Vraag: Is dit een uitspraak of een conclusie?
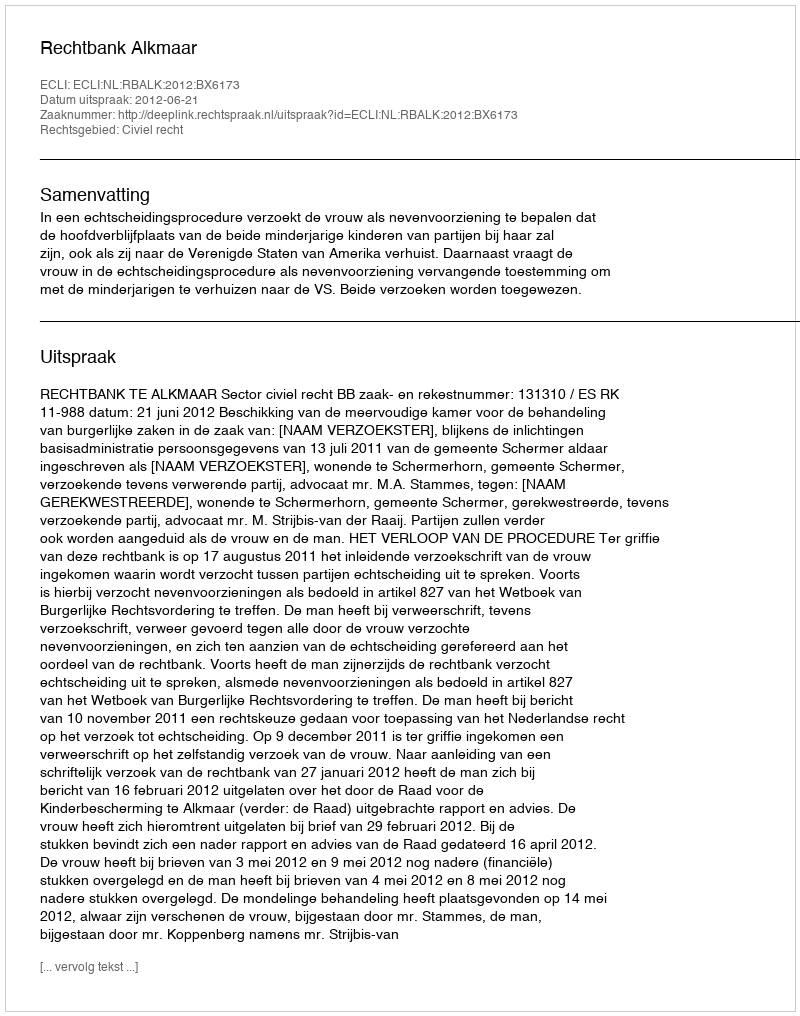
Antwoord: Uitspraak